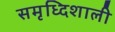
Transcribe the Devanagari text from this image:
समृध्दिशाली